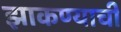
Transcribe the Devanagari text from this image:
झाकण्याची